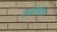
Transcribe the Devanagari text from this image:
लग्नांनंतर